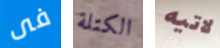
فى الكتلة لاتيه